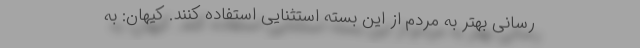
رسانیِ بهتر به مردم از این بسته استثنایی استفاده کنند. کیهان: به